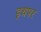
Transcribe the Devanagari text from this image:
इथपर